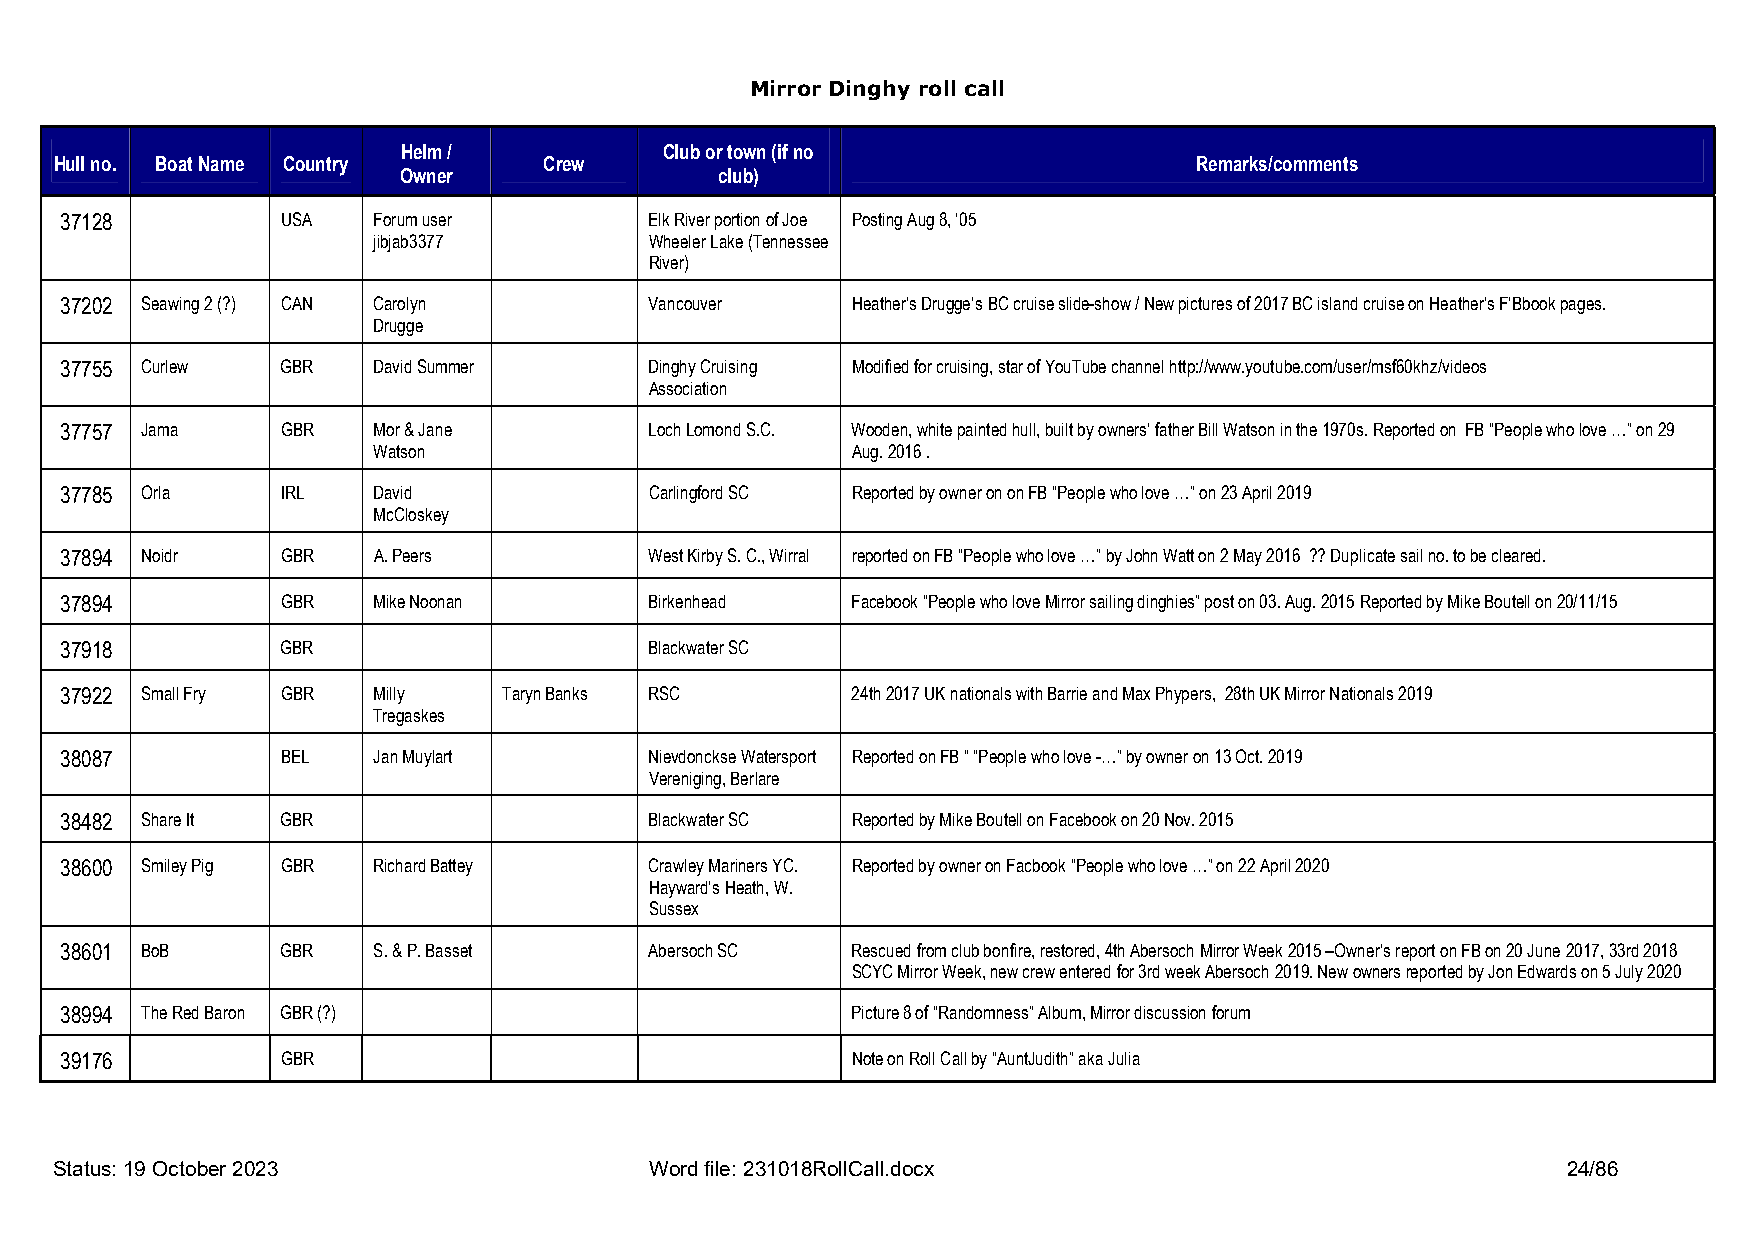
Mirror Dinghy roll call
 Helm /           Club or town (if no
 Hull no. Boat Name Country      Crew                                       Remarks/comments
 Owner                 club)
 37128          USA   Forum user        Elk River portion of Joe Posting Aug 8, ‘05
 jibjab3377        Wheeler Lake (Tennessee
 River)
 37202 Seawing 2 (?) CAN Carolyn        Vancouver    Heather’s Drugge’s BC cruise slide-show / New pictures of 2017 BC island cruise on Heather’s F’Bbook pages.
 Drugge
 37755 Curlew   GBR   David Summer      Dinghy Cruising Modified for cruising, star of YouTube channel http://www.youtube.com/user/msf60khz/videos
 Association
 37757 Jama     GBR   Mor & Jane        Loch Lomond S.C. Wooden, white painted hull, built by owners’ father Bill Watson in the 1970s. Reported on FB “People who love …” on 29
 Watson                         Aug. 2016 .
 37785 Orla     IRL   David             Carlingford SC Reported by owner on on FB “People who love …” on 23 April 2019
 McCloskey
 37894 Noidr    GBR   A. Peers          West Kirby S. C., Wirral reported on FB “People who love …” by John Watt on 2 May 2016 ?? Duplicate sail no. to be cleared.
 37894          GBR   Mike Noonan       Birkenhead   Facebook “People who love Mirror sailing dinghies” post on 03. Aug. 2015 Reported by Mike Boutell on 20/11/15
 37918          GBR                     Blackwater SC
 37922 Small Fry GBR  Milly   Taryn Banks RSC        24th 2017 UK nationals with Barrie and Max Phypers, 28th UK Mirror Nationals 2019
 Tregaskes
 38087          BEL   Jan Muylart       Nievdonckse Watersport Reported on FB “ “People who love -…” by owner on 13 Oct. 2019
 Vereniging, Berlare
 38482 Share It GBR                     Blackwater SC Reported by Mike Boutell on Facebook on 20 Nov. 2015
 38600 Smiley Pig GBR Richard Battey    Crawley Mariners YC. Reported by owner on Facbook “People who love …” on 22 April 2020
 Hayward’s Heath, W.
 Sussex
 38601 BoB      GBR   S. & P. Basset    Abersoch SC  Rescued from club bonfire, restored, 4th Abersoch Mirror Week 2015 –Owner’s report on FB on 20 June 2017, 33rd 2018
 SCYC Mirror Week, new crew entered for 3rd week Abersoch 2019. New owners reported by Jon Edwards on 5 July 2020
 38994 The Red Baron GBR (?)                         Picture 8 of “Randomness” Album, Mirror discussion forum
 39176          GBR                                  Note on Roll Call by “AuntJudith” aka Julia
 Status: 19 October 2023                Word file: 231018RollCall.docx                               24/86